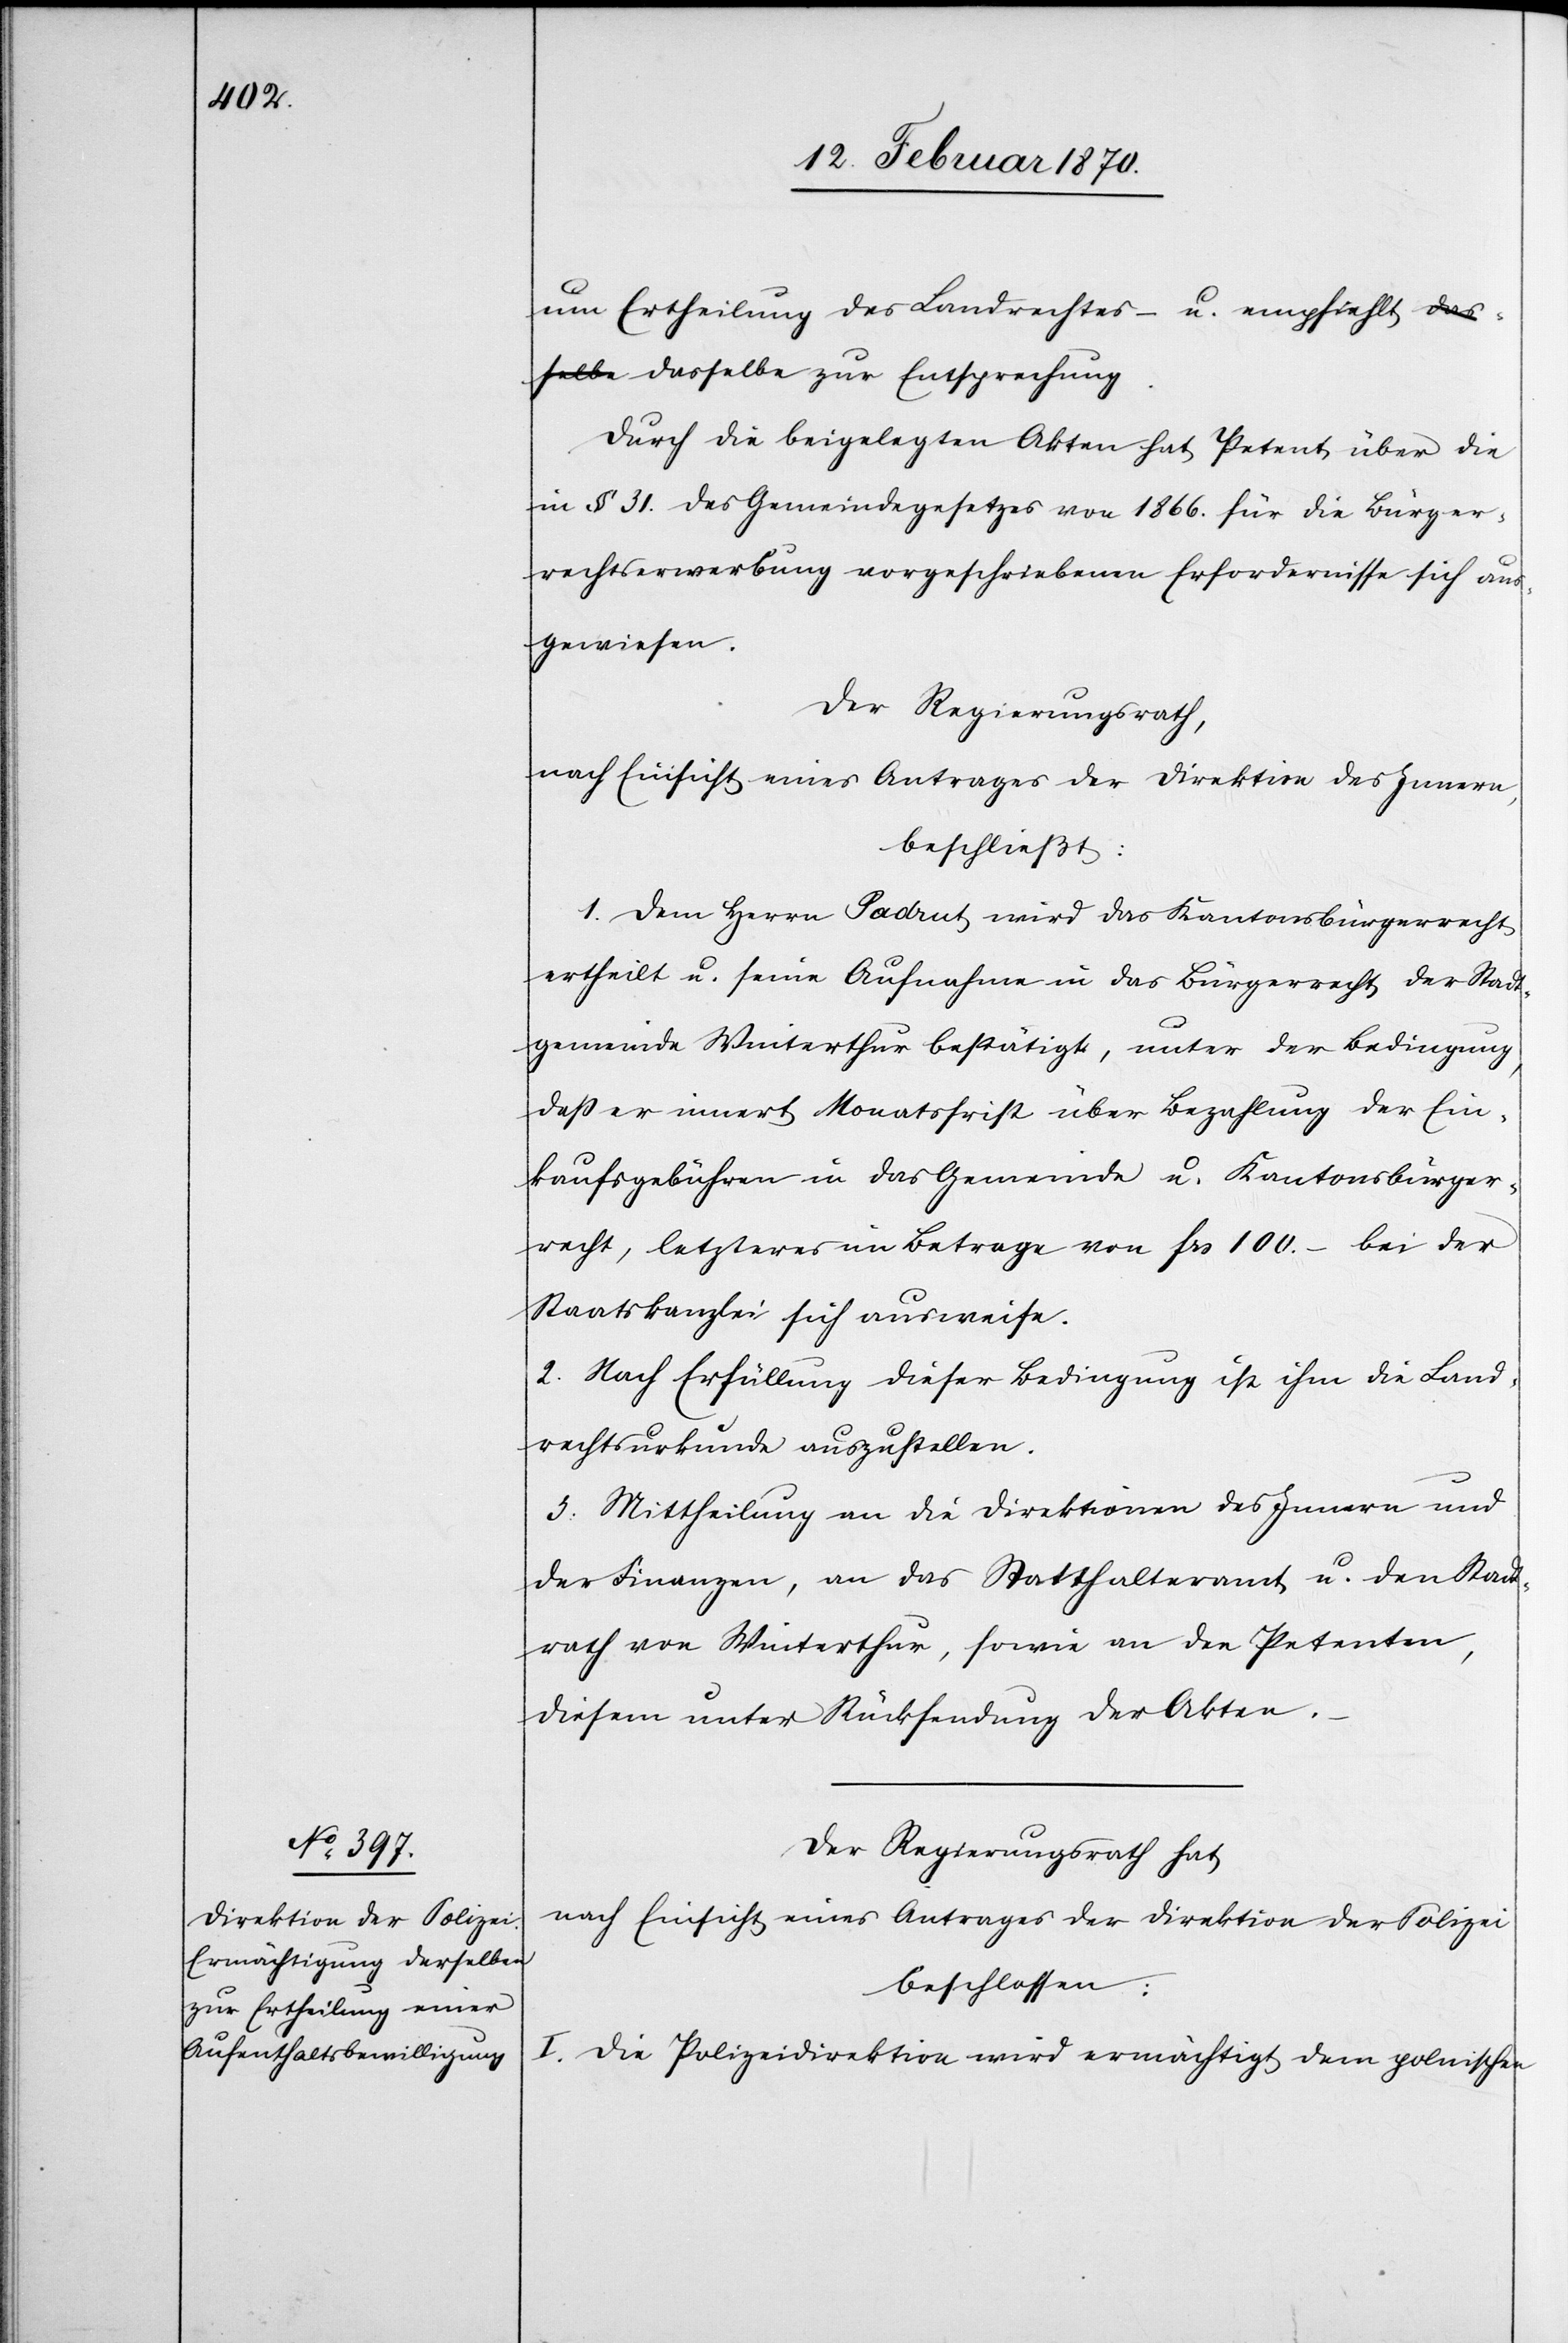
um Ertheilung des Landrechtes – u. empfiehlt dasselbe
Durch die beigelegten Akten hat Petent über die
in § 31. des Gemeindegesetzes von 1866. für die Bürger¬
rechtserwerbung vorgeschriebenen Erfordernisse sich aus¬
gewiesen.
Der Regierungsrath,
nach Einsicht eines Antrages der Direktion des Innern,
beschließt:
1. Dem Herrn Padrut wird das Kantonsbürgerrecht
ertheilt u. seine Aufnahme in das Bürgerrecht der Stadt¬
gemeinde Winterthur bestätigt, unter der Bedingung,
daß er innert Monatsfrist über Bezahlung der Ein¬
kaufsgebühren in das Gemeinde[-] u. Kantonsbürger¬
recht, letzteres im Betrage von frs 100.– bei der
Staatskanzlei sich ausweise.
2. Nach Erfüllung dieser Bedingung ist ihm die Land¬
rechtsurkunde auszustellen.
3. Mittheilung an die Direktionen des Innern und
der Finanzen, an das Statthalteramt u. den Stadt¬
rath von Winterthur, sowie an den Petenten,
diesem unter Rücksendung der Akten.
Der Regierungsrath hat,
nach Einsicht eines Antrages der Direktion der Polizei
beschlossen:
I. Die Polizeidirektion wird ermächtigt, dem polnischen